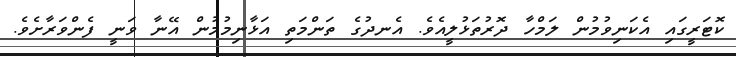
ކޮޓަރީގައި އެކަނިވުމުން ލަމްހާ ދޮރުތަޅުލީއެވެ. އެނދުގެ ތަންމަތި އަޅާނިމުމުން އޭނާ ވަނީ ފެންވަރާށެވެ.